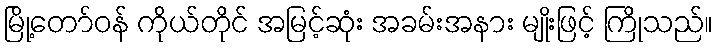
မြို့တော်ဝန် ကိုယ်တိုင် အမြင့်ဆုံး အခမ်းအနား မျိုးဖြင့် ကြိုသည်။